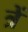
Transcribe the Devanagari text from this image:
त्रें